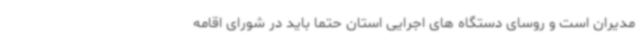
مدیران است و روسای دستگاه های اجرایی استان حتما باید در شورای اقامه